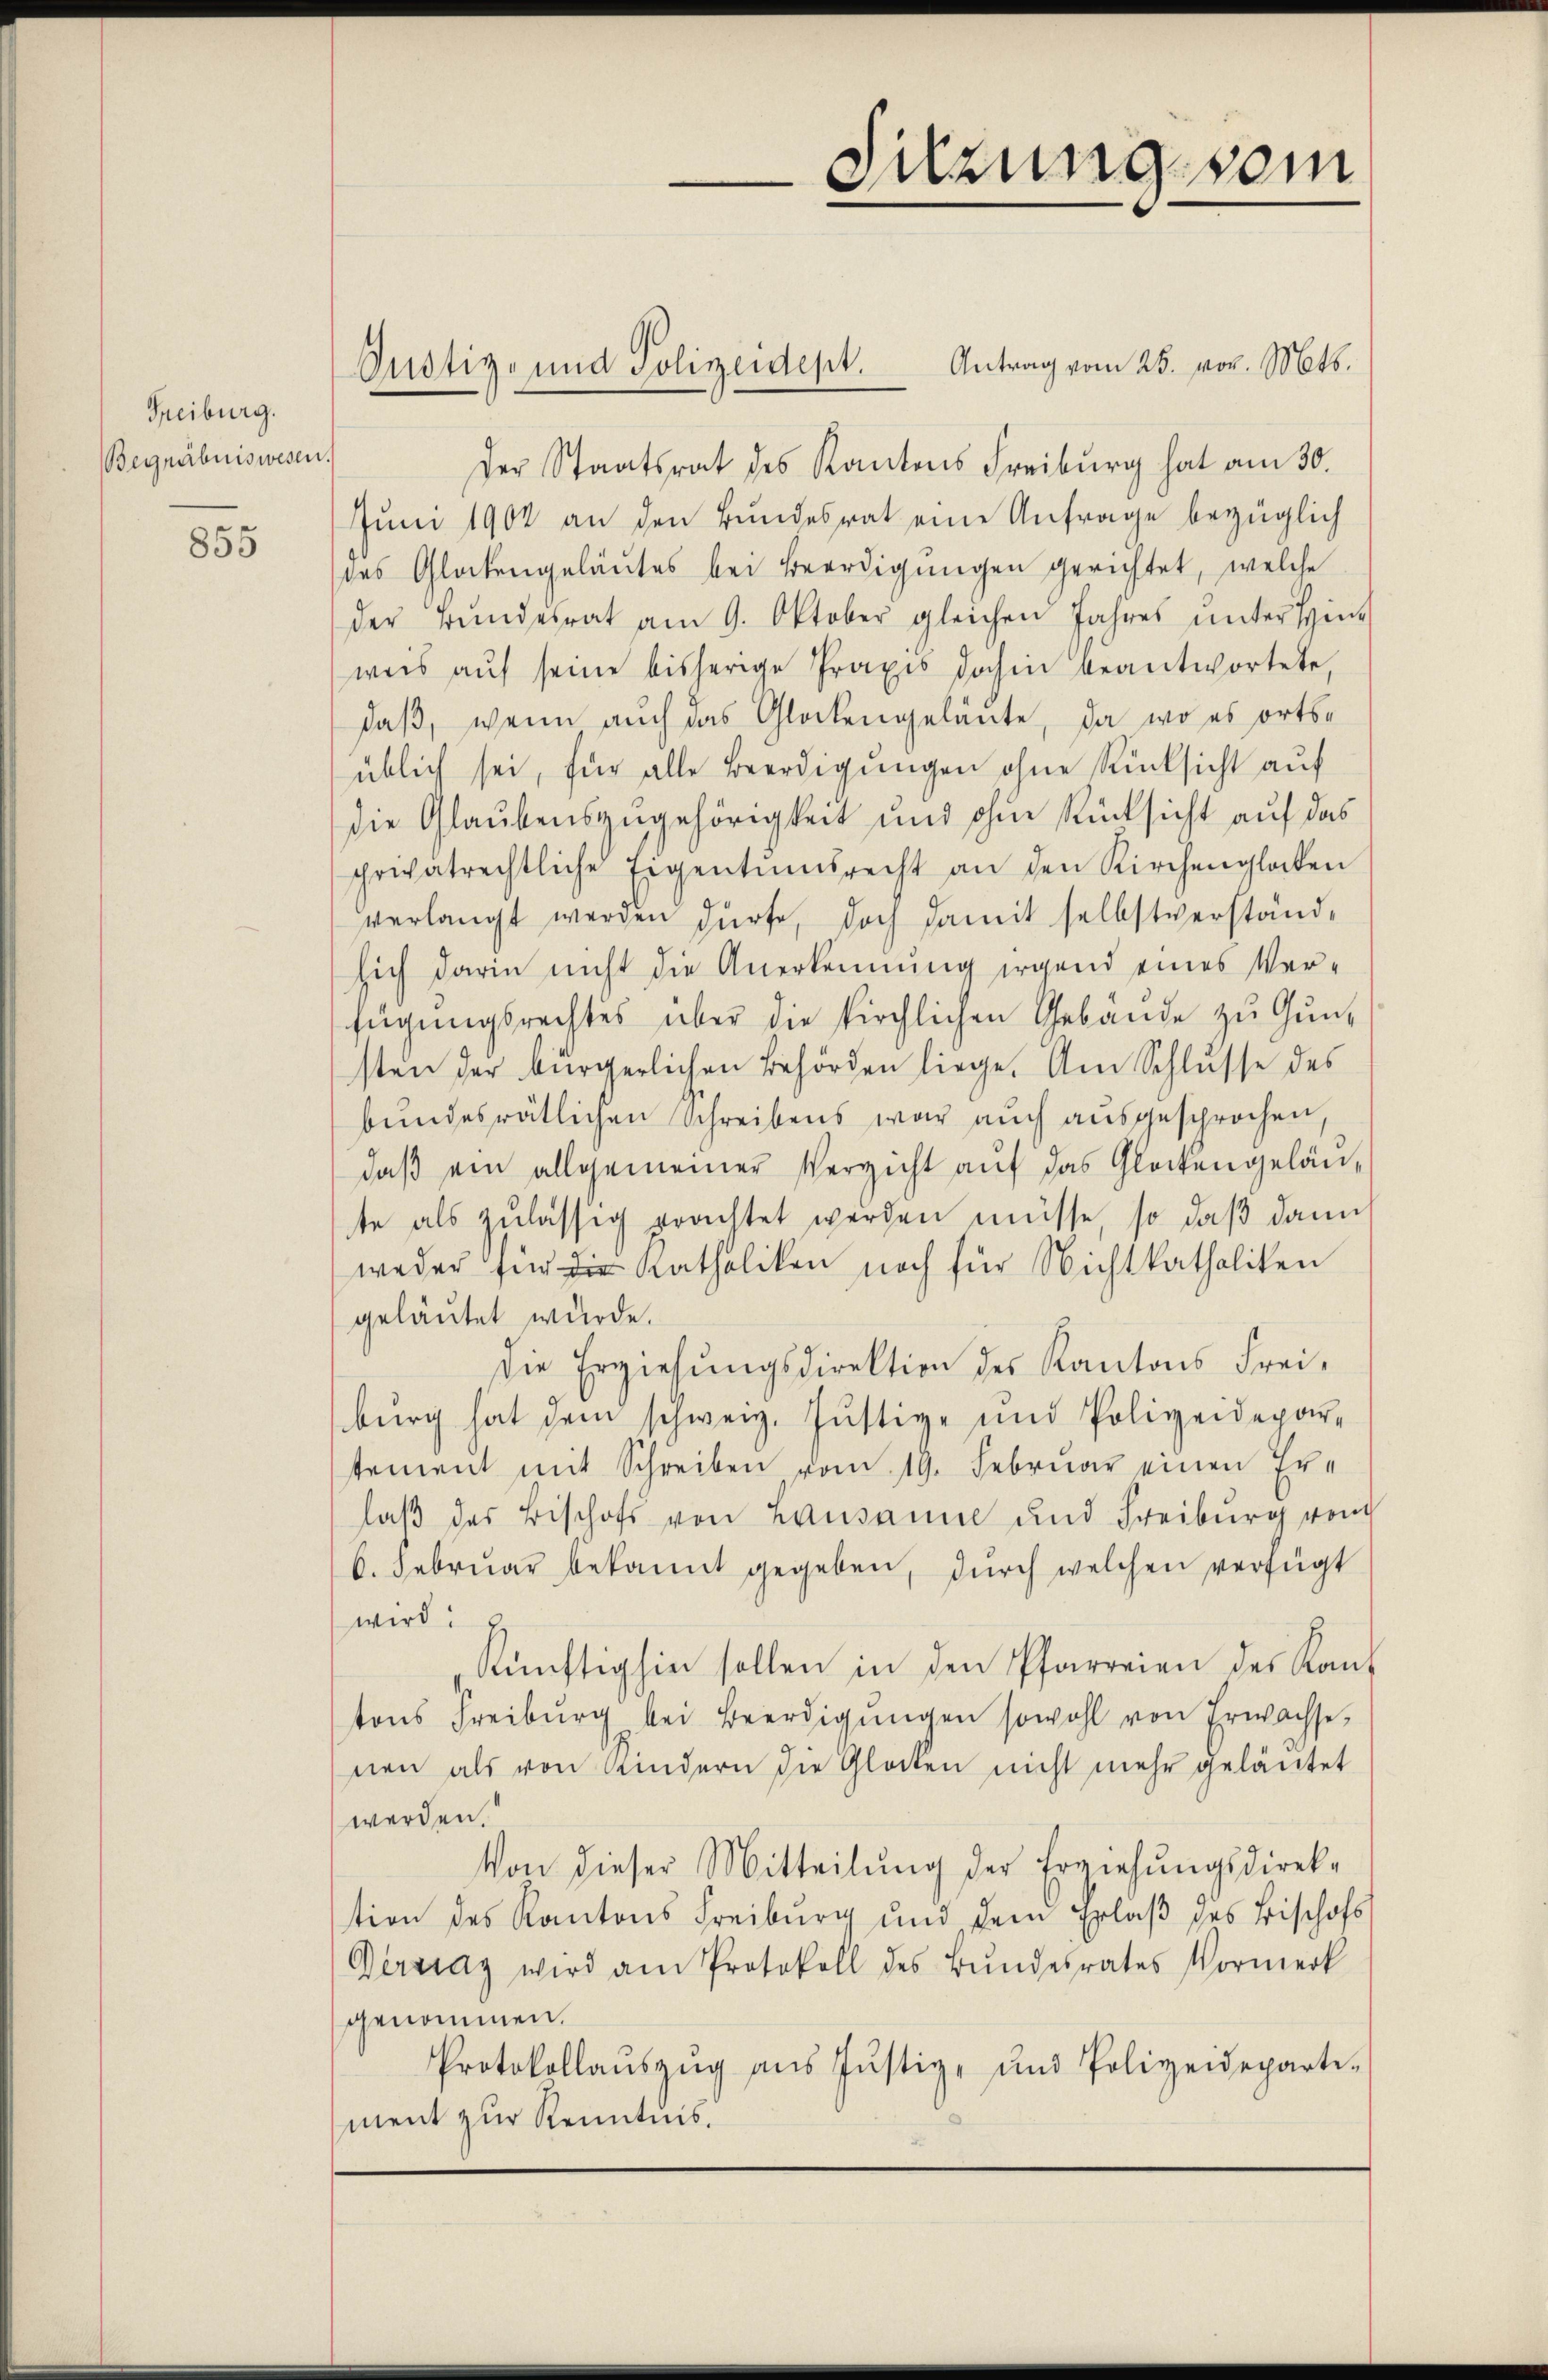
Freiburg.
Begräbniswesen.

855

Justiz- und Polizeidept. Antrag vom 25. vor. Mts.
Der Staatsrat des Kantons Freiburg hat am 30.
Juni 1902 an den Bundesrat eine Anfrage bezüglich
des Glatengeläŭtes bei Beerdigungen gerichtet, welche
der Bŭndesrat am 9. Oktober gleichen Jahres ŭnter Hinweis aŭf seine bisherige Praxis dahin beantwortete,
daß, wenn auch das Glockengelante, da wo es ortsüblich sei, für alle Beerdigungen ohne Rücksicht auf
die Glaubenszugehörigkeit und ohne Rücksicht auf das
pewatrechtliche Eigentumsrecht an den Kirchengladen
verlangt werden dürfe, doch damit selbstverständ-
sich darin nicht die Anerkennung irgend eines Verfügungsrechtes über die kirchlichen Gebäude zu Gunsten der bürgerlichen Behörden liege. Am Schlŭsse des
bundesrätlichen Schreibens war auch ausgesprochen,
daβ ein allgemeiner Verzicht auf das Glockengelänte als zulässig erachtet werden müsse, so daß dann
weder für die Katholiken noch für Nichtkatholiken
geläutet wurde.
die Erziehŭngsdirektion des Kantons Frei-
bŭrg hat dem schweiz. Jŭstive und Polizeidepar-
tement mit Schreiben vom 19. Februar einen Erlaβ das Bischofs von Lausanne und Freiburg von
6. Febrŭar bekannt gegeben, dŭrch welchen verfügt
wird:
künftighin sollen in den Pfarreien des Kant
tons Freiburg bei Beerdigŭngen sowohl von Erwachse,
nen als von Kindern die Glocken nicht mehr geläutet
werden.
Von dieser Mitteilung der Erziehungsdirektion des Kantons Freiburg und dem Erlaβ des Bischofs
Gertrag wird am Protokoll des Bŭndesrates Vormerk
genommen.
Protokollaŭszŭg ans Jŭstiz- und Polizeideparte-
ment zur Kenntnis.

dzung vom